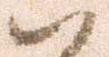
ハ